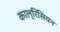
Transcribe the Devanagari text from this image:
काल्रिसियन